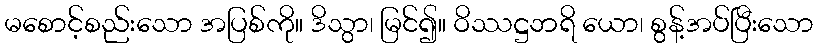
မစောင့်စည်းသော အပြစ်ကို။ ဒိသွာ၊ မြင်၍။ ဝိဿဋ္ဌဘရိ ယော၊ စွန့်အပ်ပြီးသော